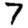
Digit: 7